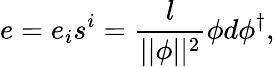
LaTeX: e=e_{i}s^{i}=\frac l{||\phi||^{2}}\phi d\phi^{\dagger},